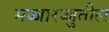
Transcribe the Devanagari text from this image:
मज्जारज्जुतील